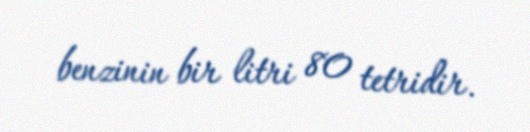
benzinin bir litri 80 tetridir.